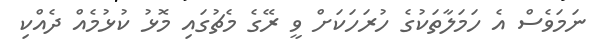
ނަމަވެސް އެ ހަމަލާތަކުގެ ހުރަހަކަށް ވީ ރޭގެ މެޗުގައި މޮޅު ކުޅުމެއް ދެއްކި